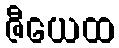
ဇီယေထ